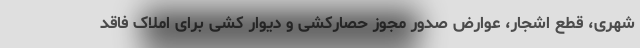
شهری، قطع اشجار، عوارض صدور مجوز حصارکشی و دیوار کشی برای املاک فاقد